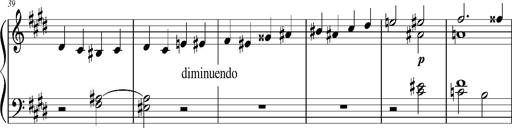
Title: Resignazione, S.187a/b
Composer: Franz Liszt